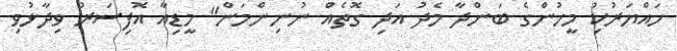
ހައްޔަރުކުި މީހުންގެ ބަންދާ މެދު އަދި ގޮތެއް ނުނިންމަން" މީޑިއާ އޮފިސަރު ވިދާޅުވި